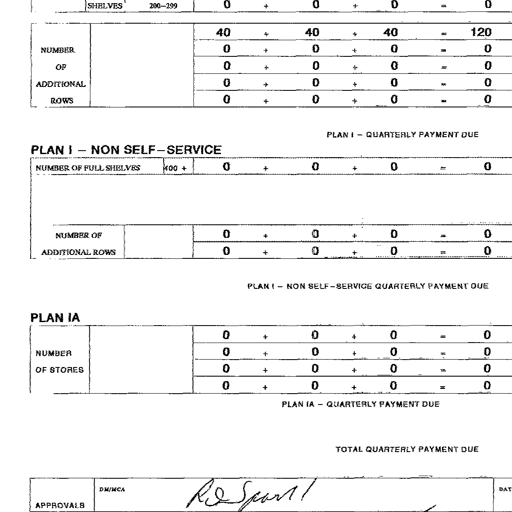
SHELVES 200-299 0 + 0 + 0 = 0
40 + 40 + 40 = 120
NUMBER 0 + 0 + 0 = 0
OF 0 + 0 + 0 = 0
ADDITIONAL 0 + 0 + 0 = 0
ROWS 0 + 0 + 0 = 0
PLAN I - QUARTERLY PAYMENT DUE
PLAN I - NON SELF-SERVICE
NUMBER OF FULL SHELVES 400 + 0 + 0 + 0 = 0
NUMBER OF 0 + 0 + 0 = 0
ADDITIONAL ROWS 0 + 0 + 0 = 0
PLAN I - NON SELF-SERVICE QUARTERLY PAYMENT DUE
PLAN IA
0 + 0 + 0 = 0
NUMBER 0 + 0 + 0 = 0
OF STORES 0 + 0 + 0 = 0
0 + 0 + 0 = 0
PLAN IA - QUARTERLY PAYMENT DUE
TOTAL QUARTERLY PAYMENT DUE
APPROVALS DM/MCA RD Spurt DAT